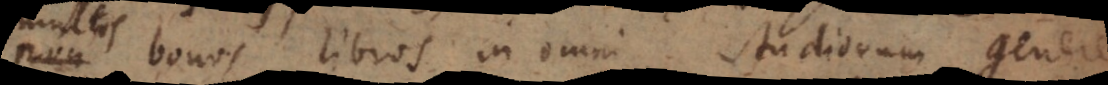
bonos libros in omni studiorum genere